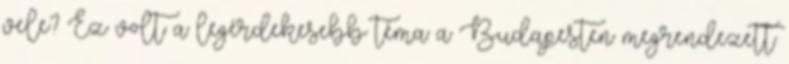
vele? Ez volt a legérdekesebb téma a Budapesten megrendezett